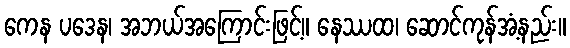
ကေန ပဒေန၊ အဘယ်အကြောင်းဖြင့်။ နေဿထ၊ ဆောင်ကုန်အံ့နည်း။